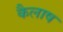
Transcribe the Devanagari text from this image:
कैलाष